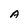
Character: A